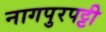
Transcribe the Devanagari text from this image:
नागपुरपट्टी